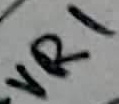
Text: VR1